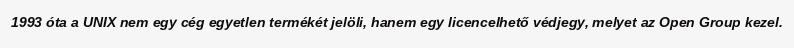
1993 óta a UNIX nem egy cég egyetlen termékét jelöli, hanem egy licencelhető védjegy, melyet az Open Group kezel.